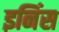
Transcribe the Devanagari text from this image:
इनिंस